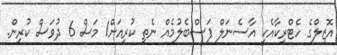
އޮޒިލްގެ ހެޓްރިކާއެކީ އާސެނަލް ފަސްބެލުމެއް ނެތި ކުރިއަށް1 މަސް 6 ދުވަސް ކުރިން.